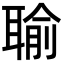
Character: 𦖭